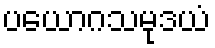
ပယောဂသမုဒယံ